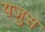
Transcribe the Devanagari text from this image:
यजुस